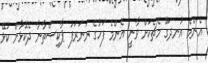
އެންމެ އުނދަގޫ މެޗެކަށް ވާނީ އެންމެ ފަހުގެ ރަނަރަފު ޕާކިސްތާނާ ދެކޮޅާށް ކުޅޭ